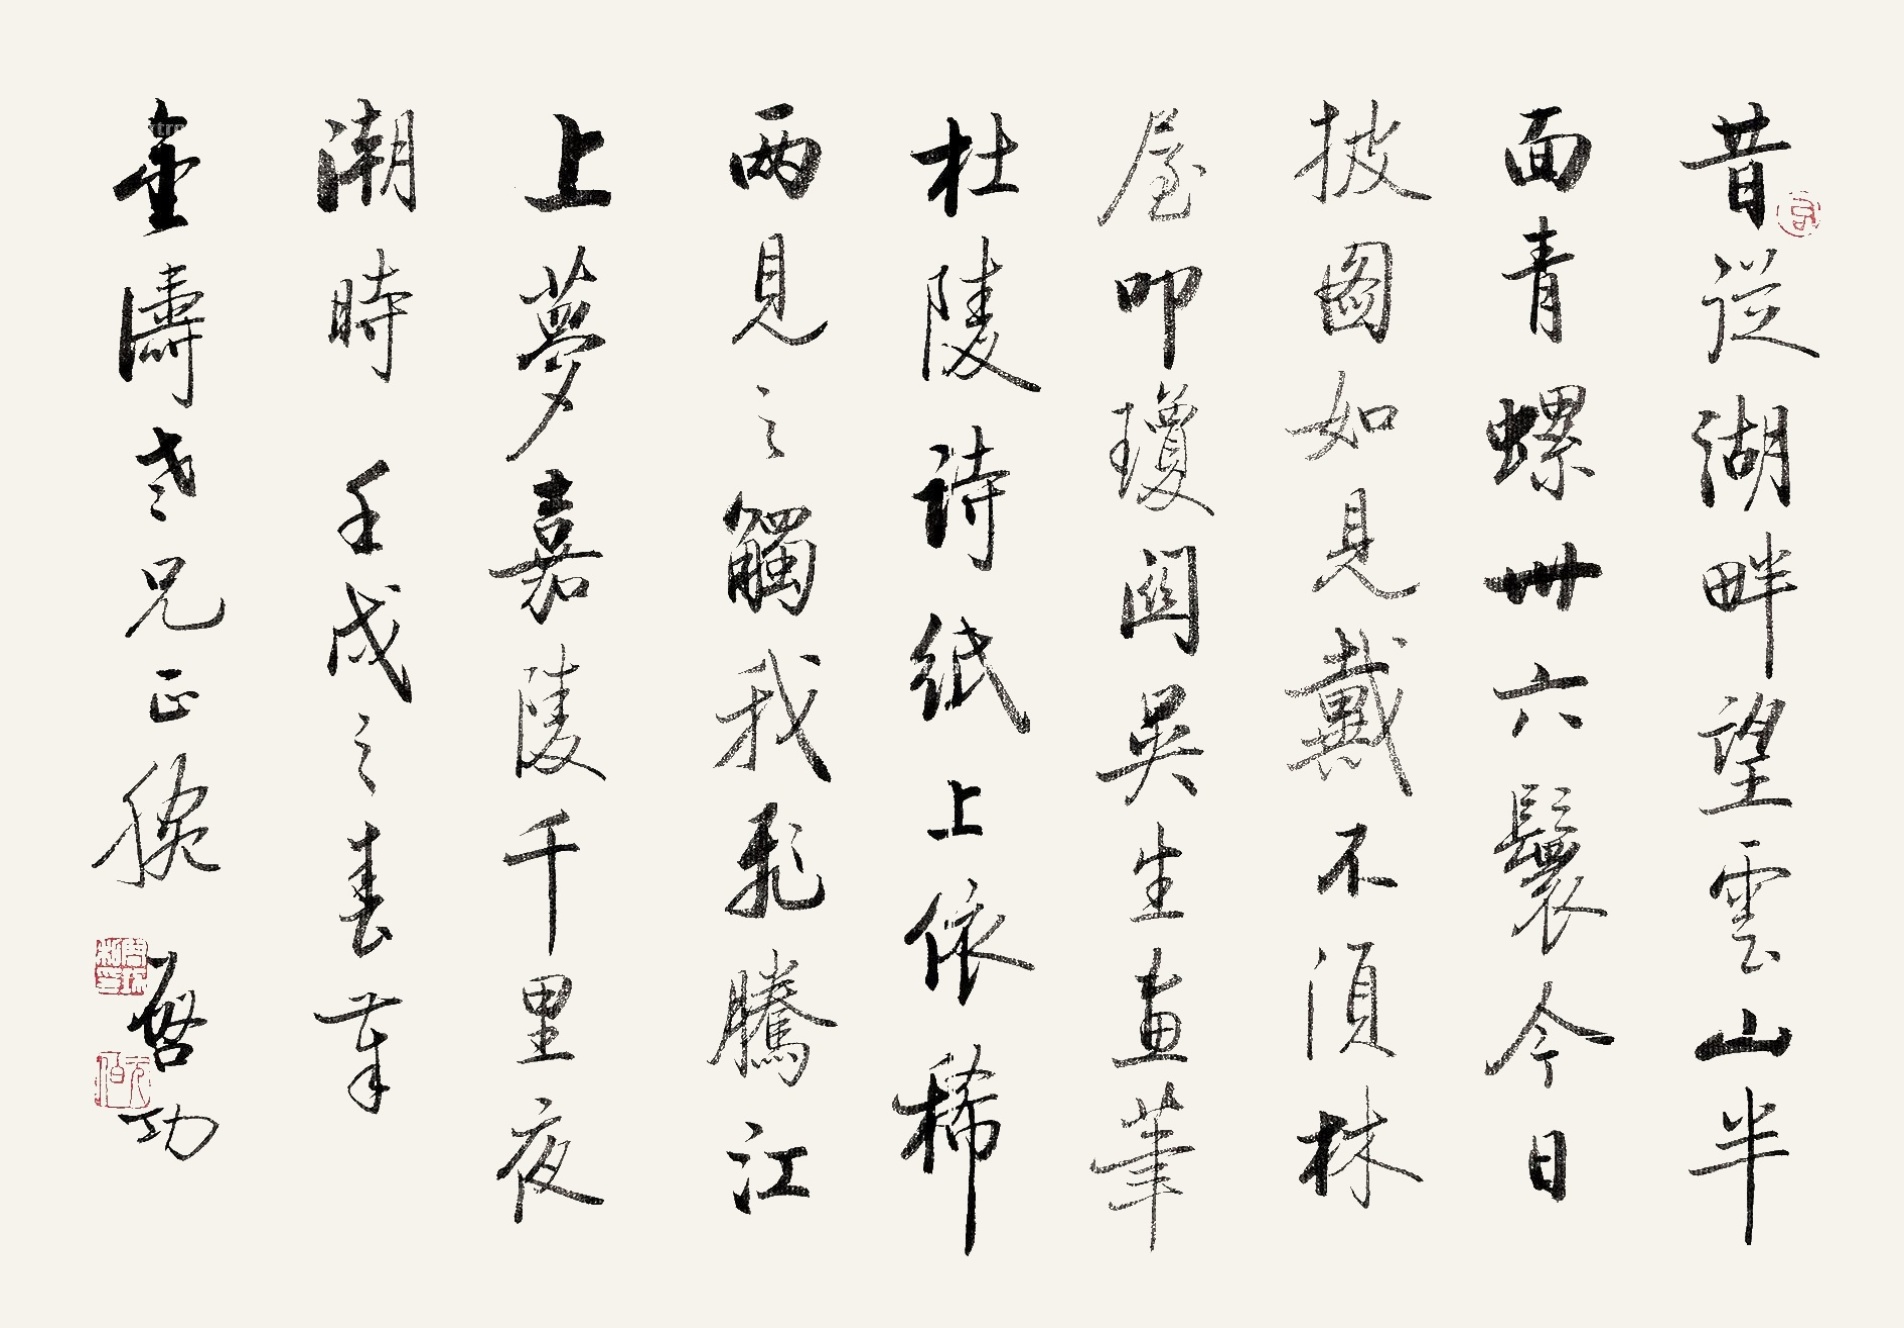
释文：昔从湖畔望云山，半面青螺卅六鬟。今日披图如见戴，不须林屋叩琼关。吴生画笔杜陵诗，纸上依稀两见之。触我飞腾江上梦，嘉陵千里夜潮时。壬戌之春，奉金涛老兄正腕，启功。